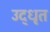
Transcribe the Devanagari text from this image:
उद्‍धृत